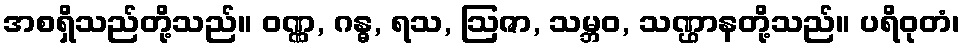
အစရှိသည်တို့သည်။ ဝဏ္ဏ, ဂန္ဓ, ရသ, ဩဇာ, သမ္ဘဝ, သဏ္ဌာနတို့သည်။ ပရိဝုတံ၊